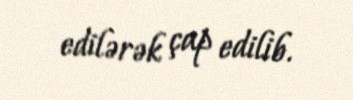
edilərək çap edilib.